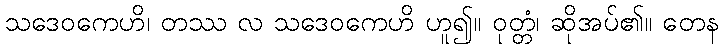
သဒေဝကေဟိ၊ တဿ လ သဒေဝကေဟိ ဟူ၍။ ဝုတ္တံ၊ ဆိုအပ်၏။ တေန